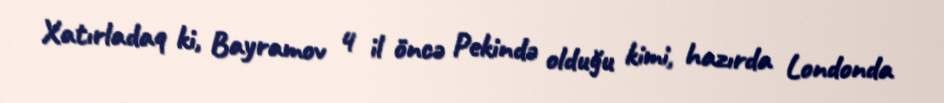
Xatırladaq ki, Bayramov 4 il öncə Pekində olduğu kimi, hazırda Londonda